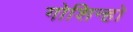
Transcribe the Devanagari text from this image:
गोशिन्हो